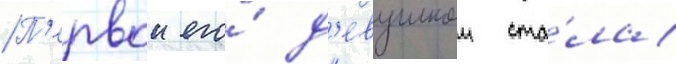
П'ервои его́ д'евушкои ста́ла